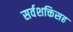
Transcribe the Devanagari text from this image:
सर्वशक्तिसह